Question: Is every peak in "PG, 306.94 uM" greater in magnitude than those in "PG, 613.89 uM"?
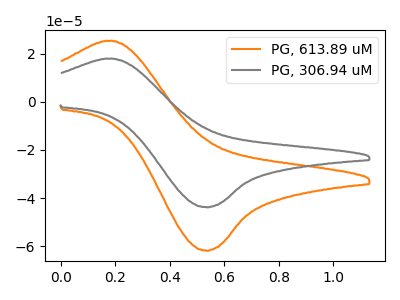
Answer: <think>The orange curve "PG, 613.89 uM" has an anodic peak at (0.15V, 25.20uA) and a cathodic peak at (0.55V, -61.80uA). The gray curve "PG, 306.94 uM" has an anodic peak at (0.15V, 17.85uA) and a cathodic peak at (0.55V, -43.80uA).</think>
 <answer>Every peak in "PG, 306.94 uM" is lower than every peak in "PG, 613.89 uM".</answer>
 <eval>lower</eval>